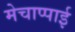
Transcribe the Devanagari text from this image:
मेचाप्पाई